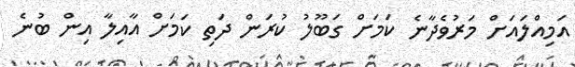
އަމިއްލައަށް މަރުވެދާނެ ކަމަށް ގަބޫލު ކުރަން ދަތި ކަމަށް އާއިލާ އިން ބުނެ